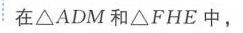
在$\triangle ADM$和$\triangle FHE$中，